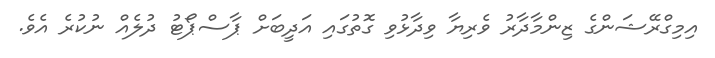
އިމިގްރޭޝަންގެ ޒިންމާދާރު ވެރިޔާ ވިދާޅުވި ގޮތުގައި އަދީބަށް ޕާސްޕޯޓު ދުލެއް ނުކުރެ އެވެ.